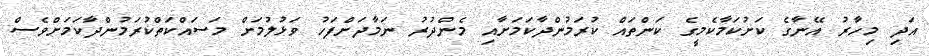
އަދި މިހާރު އޭނާގެ ކަށުކަމާކެމީގެ ކަންތައް ކުރަމުންދާކަމަށާއި މެންދުރު ނަމާދަށްފަހު ވަޅުލުމަށް މަސައްކަތްކުރަމުންދާކަމަށްވެސް